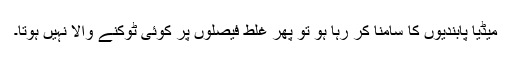
میڈیا پابندیوں کا سامنا کر رہا ہو تو پھر غلط فیصلوں پر کوئی ٹوکنے والا نہیں ہوتا۔